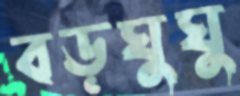
বড়ঘুঘু